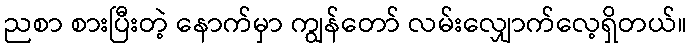
ညစာ စားပြီးတဲ့ နောက်မှာ ကျွန်တော် လမ်းလျှောက်လေ့ရှိတယ်။